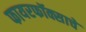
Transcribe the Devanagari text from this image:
फायरफॉक्साचे